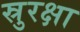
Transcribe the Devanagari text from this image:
स्रुरक्षा